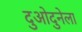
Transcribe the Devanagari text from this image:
दुओदुनेला